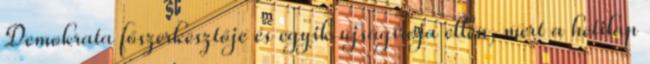
Demokrata főszerkesztője és egyik újságírója ellen, mert a hetilap